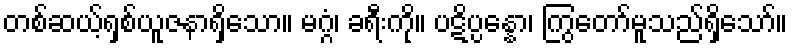
တစ်ဆယ့်ရှစ်ယူဇနာရှိသော။ မဂ္ဂံ၊ ခရီးကို။ ပဋိပ္ပန္နော၊ ကြွတော်မူသည်ရှိသော်။